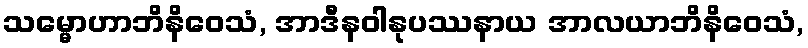
သမ္မောဟာဘိနိဝေသံ, အာဒီနဝါနုပဿနာယ အာလယာဘိနိဝေသံ,